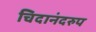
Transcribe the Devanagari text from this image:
चिदानंदरुप